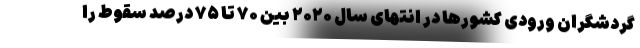
گردشگران ورودی کشورها در انتهای سال ۲۰۲۰ بین ۷۰ تا ۷۵ درصد سقوط را